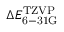
\Delta E _ { \mathrm { 6 - 3 1 G } } ^ { \mathrm { T Z V P } }